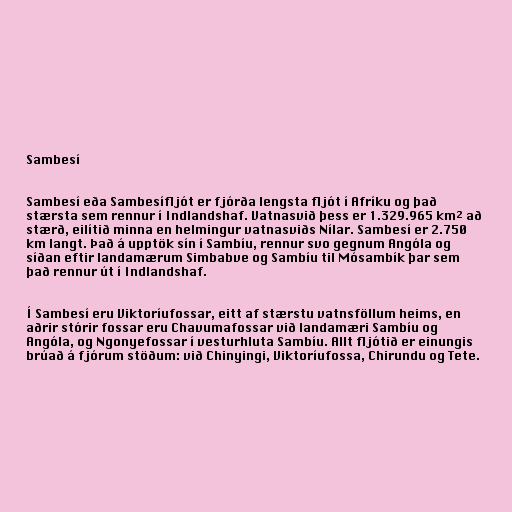
Sambesí

Sambesí eða Sambesífljót er fjórða lengsta fljót í Afríku og það
stærsta sem rennur í Indlandshaf. Vatnasvið þess er 1.329.965 km² að
stærð, eilítið minna en helmingur vatnasviðs Nílar. Sambesí er 2.750
km langt. Það á upptök sín í Sambíu, rennur svo gegnum Angóla og
síðan eftir landamærum Simbabve og Sambíu til Mósambík þar sem
það rennur út í Indlandshaf.

Í Sambesí eru Viktoríufossar, eitt af stærstu vatnsföllum heims, en
aðrir stórir fossar eru Chavumafossar við landamæri Sambíu og
Angóla, og Ngonyefossar í vesturhluta Sambíu. Allt fljótið er einungis
brúað á fjórum stöðum: við Chinyingi, Viktoríufossa, Chirundu og Tete.